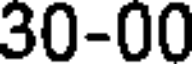
30-00